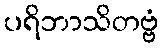
ပရိဘာသိတဗ္ဗံ